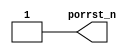
 /*                                                                      
 Copyright 2018 Nuclei System Technology, Inc.                
                                                                         
 Licensed under the Apache License, Version 2.0 (the "License");         
 you may not use this file except in compliance with the License.        
 You may obtain a copy of the License at                                 
                                                                         
     http://www.apache.org/licenses/LICENSE-2.0                          
                                                                         
  Unless required by applicable law or agreed to in writing, software    
 distributed under the License is distributed on an "AS IS" BASIS,       
 WITHOUT WARRANTIES OR CONDITIONS OF ANY KIND, either express or implied.
 See the License for the specific language governing permissions and     
 limitations under the License.                                          
 */                                                                      
                                                                         
                                                                         
                                                                         
//=====================================================================
//
// Designer   : Bob Hu
//
// Description:
//  The PORRST circuit
//
// ====================================================================

module sirv_aon_porrst(
  output porrst_n
);

  `ifdef FPGA_SOURCE//{
      // In FPGA, we have no PORRST circult
      assign porrst_n = 1'b1;
  `else //}{
      assign porrst_n = 1'b1;

  `endif//}


endmodule